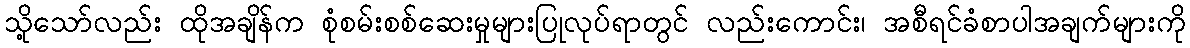
သို့သော်လည်း ထိုအချိန်က စုံစမ်းစစ်ဆေးမှုများပြုလုပ်ရာတွင် လည်းကောင်း၊ အစီရင်ခံစာပါအချက်များကို